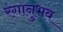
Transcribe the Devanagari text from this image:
रंगानुभव